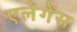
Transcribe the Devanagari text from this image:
एलेगेंस